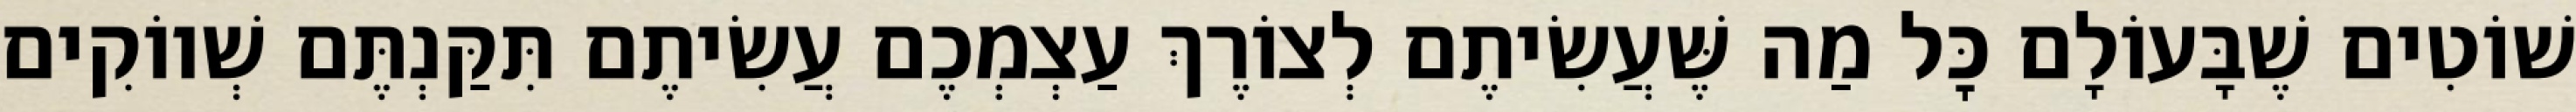
שׁוֹטִים שֶׁבָּעוֹלָם כׇּל מַה שֶּׁעֲשִׂיתֶם לְצוֹרֶךְ עַצְמְכֶם עֲשִׂיתֶם תִּקַּנְתֶּם שְׁווֹקִים